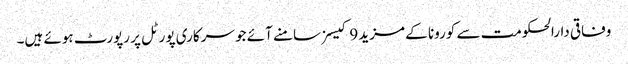
وفاقی دارالحکومت سے کورونا کے مزید 9 کیسز سامنے آئے جو سرکاری پورٹل پر رپورٹ ہوئے ہیں۔